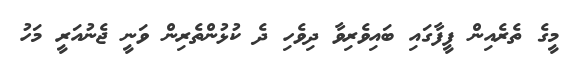
މީގެ ތެރެއިން ފީފާގައި ބައިވެރިވާ ދިވެހި ދެ ކުޅުންތެރިން ވަނީ ޖެނުއަރީ މަހު